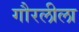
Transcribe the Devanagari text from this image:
गौरलीला